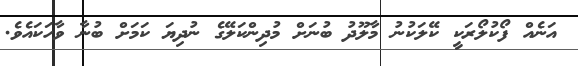
އަނެއް ފޯކުލޯރަކީ ކޭލަކުނު މާލޫދު ބުނަށް މުދިންކަލޭގެ ނުދިޔަ ކަމަށް ބުނާ ވާހަކައެވެ.